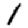
Digit: 1